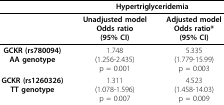
|  | <COLSPAN=2> Hypertriglyceridemia |
 | --- | --- | --- |
 |  | Unadjusted modelOdds ratio(95% CI) | Adjusted modelOdds ratio*(95% CI) |
 | GCKR (rs780094)AA genotype | 1.748(1.256-2.435)p = 0.001 | 5.335(1.779-15.99)p = 0.003 |
 | GCKR (rs1260326)TT genotype | 1.311(1.078-1.596)p = 0.007 | 4.523(1.458-14.03)p = 0.009 |